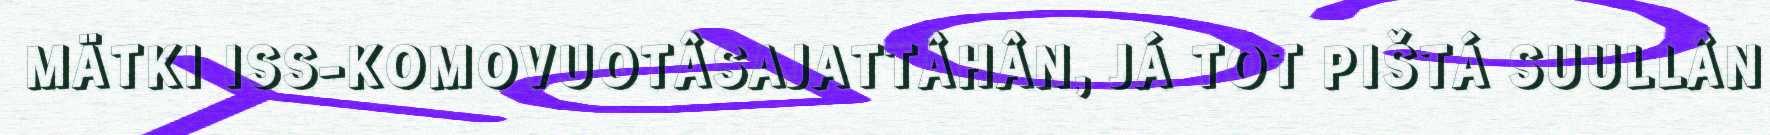
MÄTKI ISS-KOMOVUOTÂSAJATTÂHÂN, JÁ TOT PIŠTÁ SUULLÂN